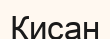
Қисан